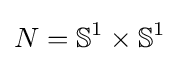
N=\mathbb {S} ^{1}\times \mathbb {S} ^{1}